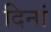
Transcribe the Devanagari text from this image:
दिनां